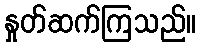
နှုတ်ဆက်ကြသည်။